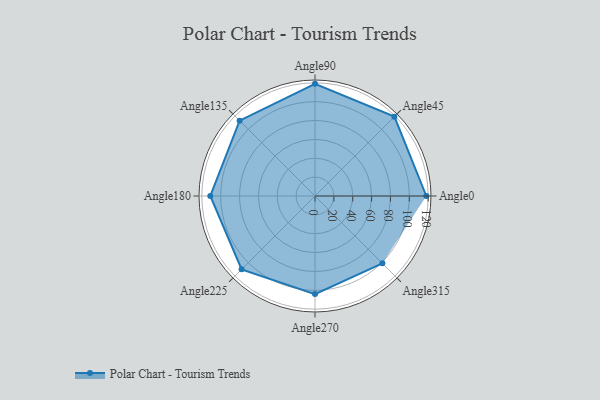
{"axis": {"x": "Angle", "y": "Radius"}, "legend": [""], "data": [{"x": "Angle0", "y": 118.0, "type": ""}, {"x": "Angle45", "y": 119.0, "type": ""}, {"x": "Angle90", "y": 119.0, "type": ""}, {"x": "Angle135", "y": 113.0, "type": ""}, {"x": "Angle180", "y": 111.0, "type": ""}, {"x": "Angle225", "y": 110.0, "type": ""}, {"x": "Angle270", "y": 104.0, "type": ""}, {"x": "Angle315", "y": 101.0, "type": ""}]}